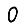
Digit: 0